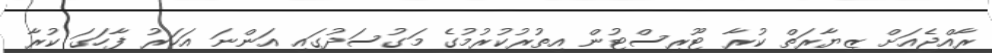
ރާއްޖެއަށް ޒިޔާރަތް ކުރާ ޓޫރިސްޓުން އިތުރުކުރުމުގެ މަގުސަދުގައި އަންނަ އަހަރު ފާހަގަ ކުރާ